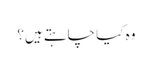
وہ کیا چاہتے ہیں؟